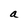
Character: a